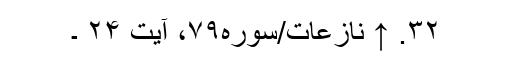
۳۲. ↑ نازعات/سوره۷۹، آیت ۲۴ ۔